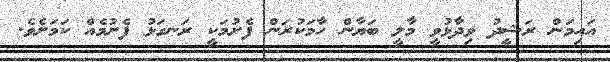
އައިމަން ރަޝީދު ވިދާޅުވީ މާލީ ބަޔާން ހާމަކުރަން ފެށުމަކީ ރަނގަޅު ފެށުމެއް ކަމަށެވެ.